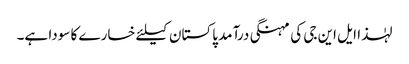
لہٰذا ایل این جی کی مہنگی درآمد پاکستان کیلئے خسارے کا سودا ہے۔